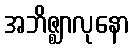
အဘိဇ္ဈာလုနော